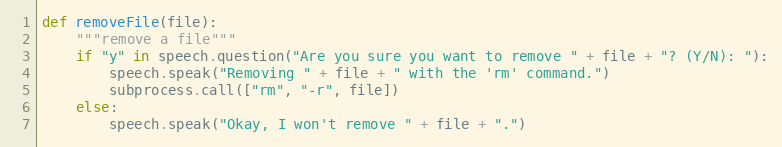
Language: Python
def removeFile(file):
	"""remove a file"""
	if "y" in speech.question("Are you sure you want to remove " + file + "? (Y/N): "):
		speech.speak("Removing " + file + " with the 'rm' command.")
		subprocess.call(["rm", "-r", file])
	else:
		speech.speak("Okay, I won't remove " + file + ".")